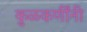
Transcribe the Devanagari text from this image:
कुळकर्णींनी